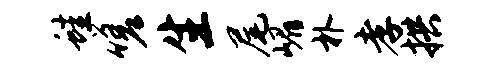
蛙嗟生尾嵋朴孝拱